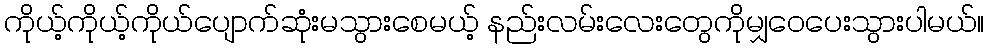
ကိုယ့်ကိုယ့်ကိုယ်ပျောက်ဆုံးမသွားစေမယ့် နည်းလမ်းလေးတွေကိုမျှဝေပေးသွားပါမယ်။